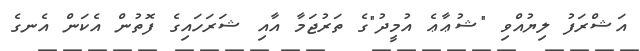
އަޝްރަފު ލިޔުއްވި "ޝުޢާޢެ އުމީދު"ގެ ތަރުޖަމާ އާއި ޝަރަހައިގެ ފޮތުން އެކަން އެނގެ